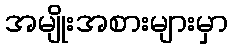
အမျိုးအစားများမှာ